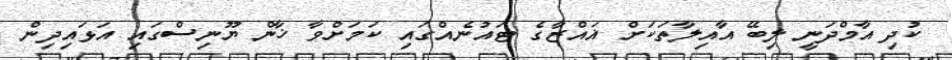
ކުދި އާމްދަނީ ލިބޭ އާއިލާތަކަށް ޣައްޒާގެ ޓައުނެއްގައި ކަމަށްވާ ޚާން ޔޫނިސްގައި އަޅައިދިން